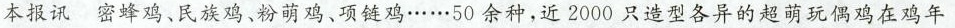
本报讯密蜂鸡、民族鸡、粉萌鸡、项链鸡……50余种，近2000只造型各异的超萌玩偶鸡在鸡年